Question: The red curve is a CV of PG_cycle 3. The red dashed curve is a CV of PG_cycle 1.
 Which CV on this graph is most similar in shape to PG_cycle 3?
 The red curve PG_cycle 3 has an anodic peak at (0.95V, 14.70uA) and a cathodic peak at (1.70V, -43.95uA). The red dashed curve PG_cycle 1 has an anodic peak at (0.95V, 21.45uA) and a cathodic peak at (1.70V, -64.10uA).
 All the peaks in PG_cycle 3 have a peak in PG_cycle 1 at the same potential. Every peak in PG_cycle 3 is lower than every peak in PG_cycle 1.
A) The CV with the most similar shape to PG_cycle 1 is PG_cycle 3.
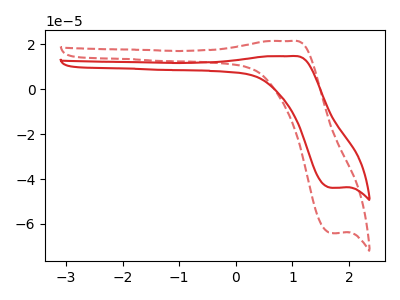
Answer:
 <answer>A) The CV with the most similar shape to "PG_cycle 1" is "PG_cycle 3".</answer>
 <eval>A</eval>